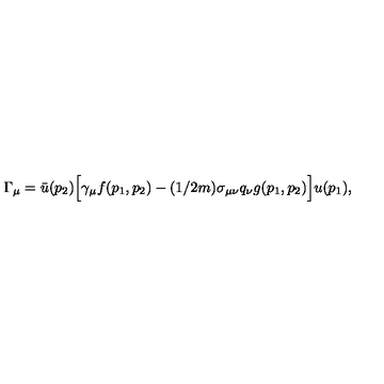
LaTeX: \Gamma _ { \mu } = \bar { u } ( p _ { 2 } ) \Big [ \gamma _ { \mu } f ( p _ { 1 } , p _ { 2 } ) - ( 1 / 2 m ) \sigma _ { \mu \nu } q _ { \nu } g ( p _ { 1 } , p _ { 2 } ) \Big ] u ( p _ { 1 } ) ,